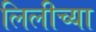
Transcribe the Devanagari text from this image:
लिलीच्या